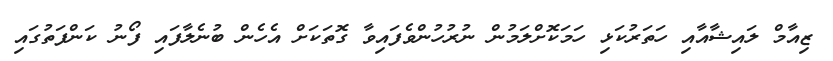
ޒިއާމް ލައިޝާއާއި ހަތަރުކަޅި ހަމަކޮށްލަމުން ނުރުހުންވެފައިވާ ގޮތަކަށް އެހެން ބުނެލާފައި ފޯނު ކަންފަތުގައި